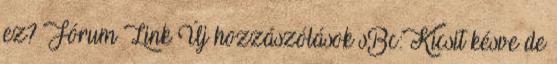
ez? Fórum Link Új hozzászólások sBc: Kicsit késve de